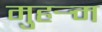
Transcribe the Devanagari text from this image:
मुहर्‍म